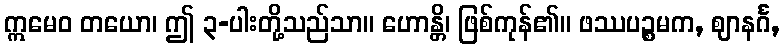
ဣမေဝ တယော၊ ဤ ၃-ပါးတို့သည်သာ။ ဟောန္တိ၊ ဖြစ်ကုန်၏။ ဖဿပဉ္စမက, ဈာနင်္ဂ,